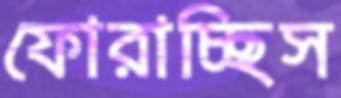
ফোরাচ্ছিস